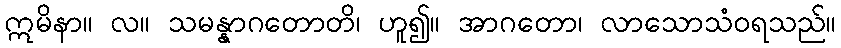
ဣမိနာ။ လ။ သမန္နာဂတောတိ၊ ဟူ၍။ အာဂတော၊ လာသောသံဝရသည်။